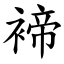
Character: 褅